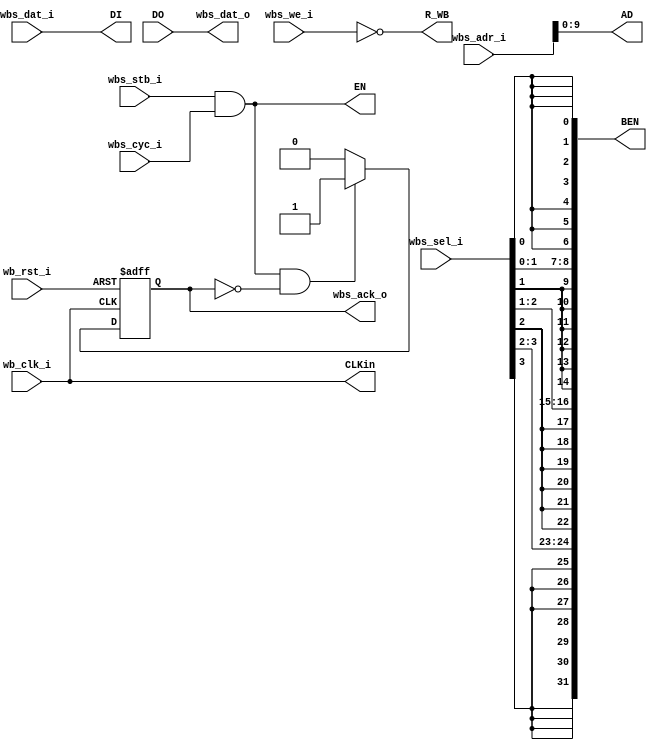
// SPDX-FileCopyrightText: 2024 Efabless Corporation and its Licensors, All Rights Reserved
// ========================================================================================
//
//  This software is protected by copyright and other intellectual property
//  rights. Therefore, reproduction, modification, translation, compilation, or
//  representation of this software in any manner other than expressly permitted
//  is strictly prohibited.
//
//  You may access and use this software, solely as provided, solely for the purpose of
//  integrating into semiconductor chip designs that you create as a part of the
//  of Efabless shuttles or Efabless managed production programs (and solely for use and
//  fabrication as a part of Efabless production purposes and for no other purpose.  You
//  may not modify or convey the software for any other purpose.
//
//  Disclaimer: EFABLESS AND ITS LICENSORS MAKE NO WARRANTY OF ANY KIND,
//  EXPRESS OR IMPLIED, WITH REGARD TO THIS MATERIAL, AND EXPRESSLY DISCLAIM
//  ANY AND ALL WARRANTIES OF ANY KIND INCLUDING, BUT NOT LIMITED TO, THE
//  IMPLIED WARRANTIES OF MERCHANTABILITY AND FITNESS FOR A PARTICULAR
//  PURPOSE. Efabless reserves the right to make changes without further
//  notice to the materials described herein. Neither Efabless nor any of its licensors
//  assume any liability arising out of the application or use of any product or
//  circuit described herein. Efabless's products described herein are
//  not authorized for use as components in life-support devices.
//
//  If you have a separate agreement with Efabless pertaining to the use of this software
//  then that agreement shall control.

module ram_controller #(parameter AW = 10) (
    // wishbone
    input wb_clk_i,
    input wb_rst_i,
    input wbs_stb_i,
    input wbs_cyc_i,
    input wbs_we_i,
    input [3:0] wbs_sel_i,
    input [31:0] wbs_dat_i,
    input [31:0] wbs_adr_i,
    output reg wbs_ack_o,
    output [31:0] wbs_dat_o,
    // sram
    input  [31:0] DO,
    output [31:0] DI,
    output [31:0] BEN,
    output [AW-1:0] AD,
    output EN,
    output R_WB,
    output CLKin
);
    // inputs to ram
    assign EN = wbs_stb_i & wbs_cyc_i;
    assign R_WB = ~wbs_we_i;
    assign CLKin = wb_clk_i;
    assign AD = wbs_adr_i[AW-1:0];
    assign DI = wbs_dat_i;
    assign BEN = {{8{wbs_sel_i[3]}}, {8{wbs_sel_i[2]}}, {8{wbs_sel_i[1]}}, {8{wbs_sel_i[0]}}};

    // outputs from ram
    assign wbs_dat_o = DO;
    always @(posedge wb_clk_i or posedge wb_rst_i) begin
        if (wb_rst_i)
            wbs_ack_o <= 0;

        else if (EN & ~wbs_ack_o)  // ausme it took 1 cycle to read or write
            wbs_ack_o <= 1'b1;
        else
            wbs_ack_o <= 1'b0;
    end

endmodule